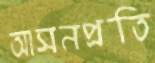
আসনপ্রতি